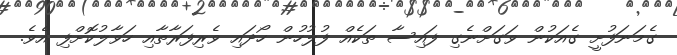
ގެމަނަފުށީ ގެއަކުން ވަގަށްނެގި ފައިސާ ތަކެއް ފުލުހުން ހޯދައި ވެރިފަރާތާއި ހަވާލުކޮށްފި އެވެ.